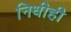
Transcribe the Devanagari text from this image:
निधीही